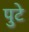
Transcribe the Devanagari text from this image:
पुटे